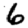
Digit: 6